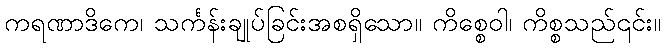
ကရဏာဒိကေ၊ သင်္ကန်းချုပ်ခြင်းအစရှိသော။ ကိစ္စေဝါ၊ ကိစ္စသည်၎င်း။